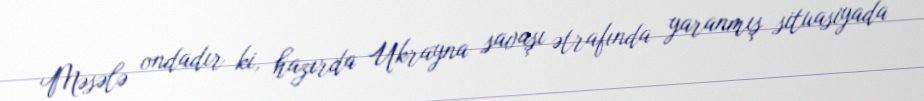
Məsələ ondadır ki, hazırda Ukrayna savaşı ətrafında yaranmış situasiyada